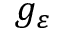
g _ { \varepsilon }